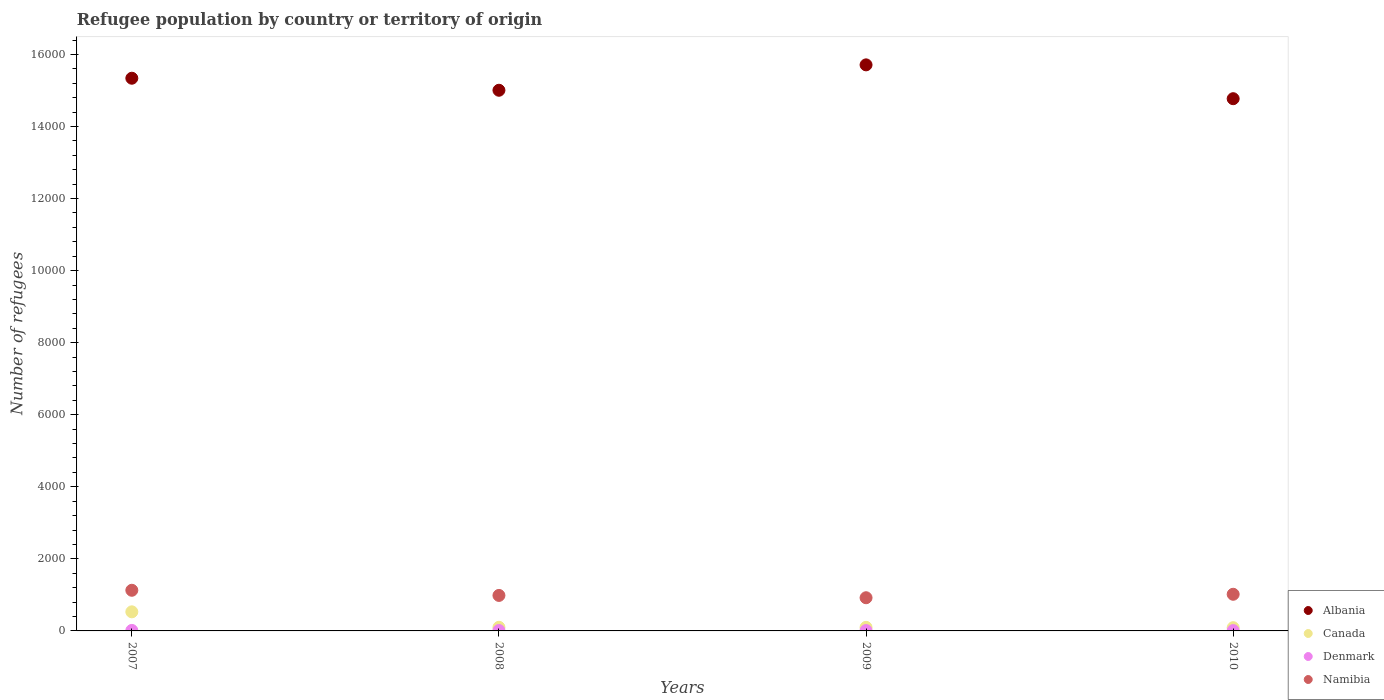
| Years | Albania | Canada | Denmark | Namibia |
 | --- | --- | --- | --- | --- |
 | 2007 | 1.53e+04 | 530 | 14 | 1.13e+03 |
 | 2008 | 1.5e+04 | 101 | 11 | 985 |
 | 2009 | 1.57e+04 | 99 | 10 | 921 |
 | 2010 | 1.48e+04 | 90 | 9 | 1.02e+03 |